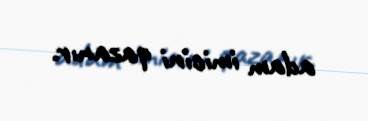
adam imicini qazanır.